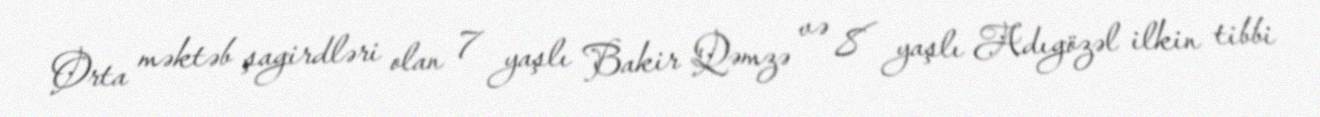
Orta məktəb şagirdləri olan 7 yaşlı Bakir Qəmzə və 8 yaşlı Adıgözəl ilkin tibbi